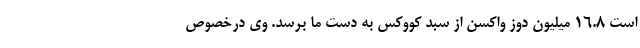
است ۱۶.۸ میلیون دوز واکسن از سبد کووکس به دست ما برسد. وی درخصوص